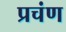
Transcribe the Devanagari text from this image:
प्रचंण